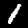
Digit: 1